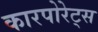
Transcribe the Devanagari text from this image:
कारपोरेट्स